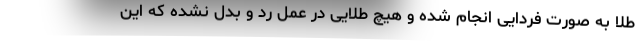
طلا به صورت فردایی انجام شده و هیچ طلایی در عمل رد و بدل نشده که این